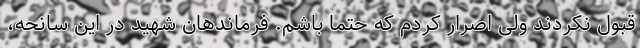
قبول نکردند ولی اصرار کردم که حتما باشم. فرماندهان شهید در این سانحه،